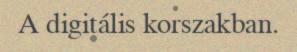
A digitális korszakban.